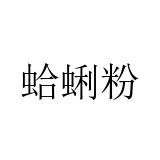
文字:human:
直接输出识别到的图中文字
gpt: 蛤蜊粉